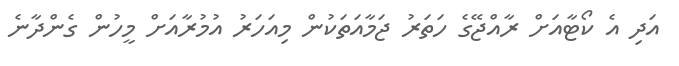
އަދި އެ ކޯޓާއަށް ރާއްޖޭގެ ހަތަރު ޖަމާއަތަކުން މިއަހަރު އުމުރާއަށް މީހުން ގެންދާނެ